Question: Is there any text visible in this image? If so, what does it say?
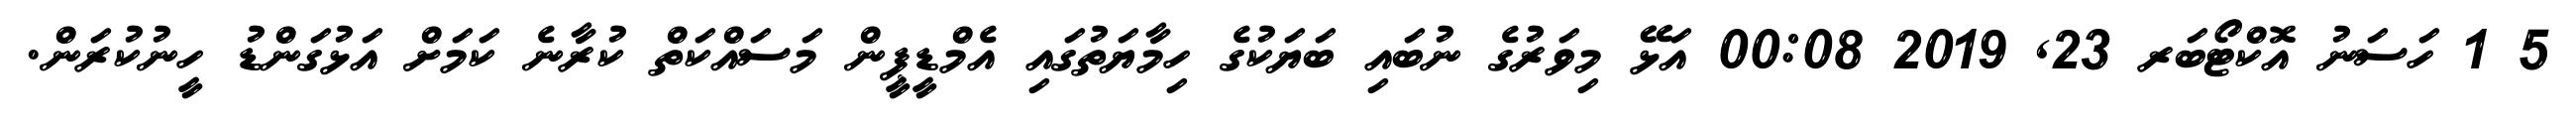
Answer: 5 1 ހަސަނު އޮކްޓޯބަރ 23, 2019 00:08 އަޅޭ މިވަރުގެ ނުބައި ބަޔަކުގެ ހިމާޔަތުގައި އެމްޑީޕީން މަސައްކަތް ކުރާނެ ކަމަށް އަޅުގަންޑު ހީނުކުރަން.